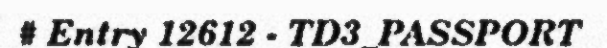
# Entry 12612 - TD3_PASSPORT